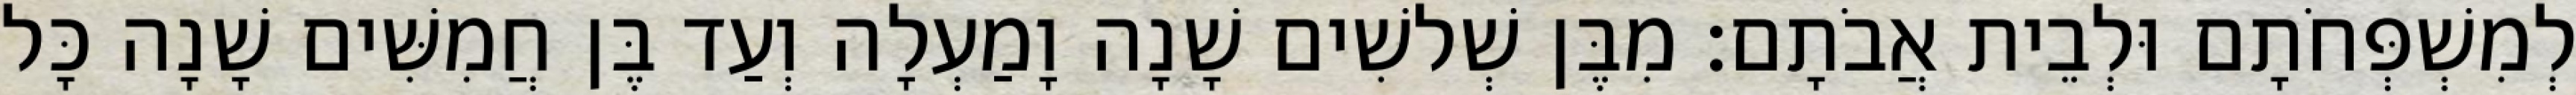
לְמִשְׁפְּחֹתָם וּלְבֵית אֲבֹתָם׃ מִבֶּן שְׁלשִׁים שָׁנָה וָמַעְלָה וְעַד בֶּן חֲמִשִּׁים שָׁנָה כָּל